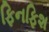
ફિનફિશ